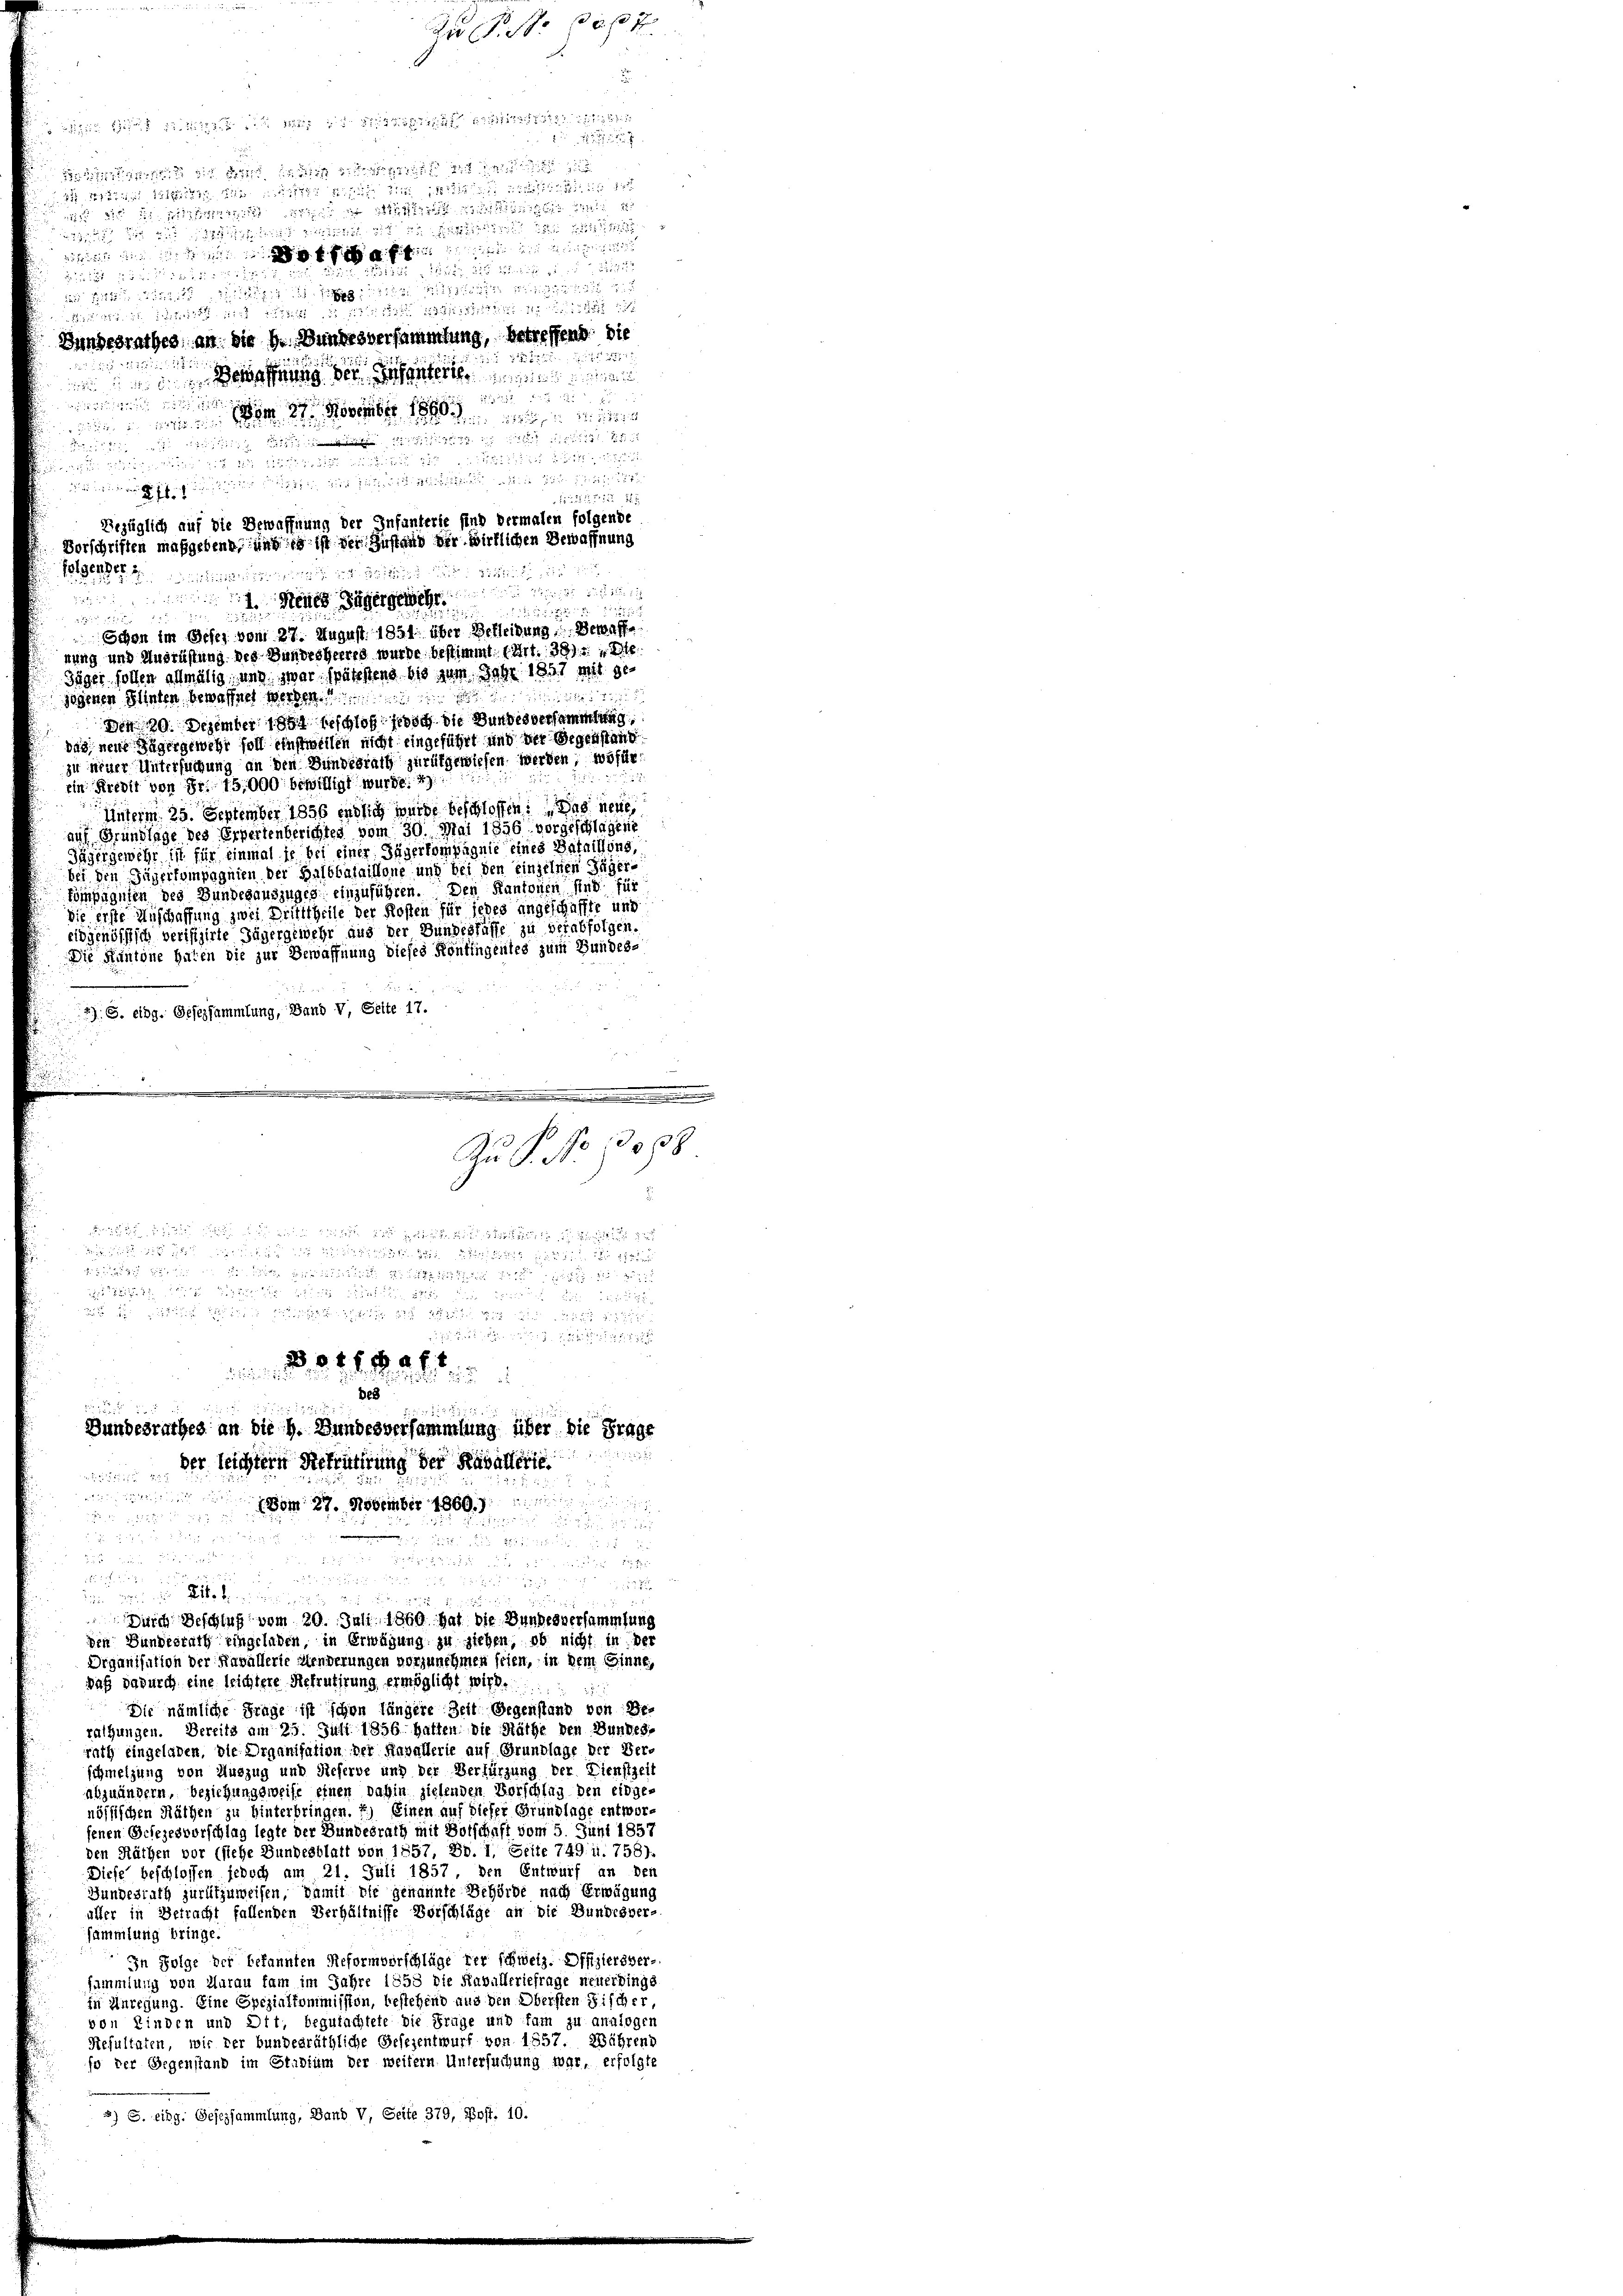
s 214 15 f 24 25/11 1881

d
 112 und lässt die es uns in
wie die ist die 2
23 zu die Be
ifen in ein in ein ein einem
1227, 21 Stube

a tot einigung a
u den ich mich mit in der die
Bundesrathes, an die h. Bundesversammlung, betreffend die

fnung der Gener
x
m 27. November 1890
dn die die der sich die
u und   ein und nicht de
 522
ri
Schon im Befes vom 27. August 1851 über Belleibung, Bewaffnung und Ausrüstung des Bundesherres wurde bestimmt. (Art. 381 f. 210
Jäger sollen allmälig, und zwar spätestens bis zum Jahr 1891 mit de
zogenen Flinten bewaffnet werden.
Den 29. Dezember 1864 beschloß jedoch die Bundesversammlung
das neue Jägergewehr soll einstweilen nicht eingeführt und der Gegenstand
zu neuer Untersuchung an den Bundesrath zurükgewiesen werden, wofür
Ein Kredit von Fr. 15,000 bewilligt wurde. 2)
Unterm 25. September 1856 endlich wurde beschlossen: Das neue
auf Grundlage des Erpertenberichtes vom 30. Mai 1846 vorgeschlagene
Jägergewehr ist für einmal je bei einer Jägerkompagnie eines Bataillons,
bei den Jägerkompagnien der Halbbataillone und bei den einzelnen Jäger-
kompagnien des Bundesauszuges einzuführen. Den Kantonen sind für
die erste Anschaffung zwei Dritttheile der Kosten für jedes angeschaffte und
eidgenössisch verifizirte Jägergewehr aus der Bundesfüsse zu verabfolgen.
Die Kantone haten die zur Bewaffnung dieses Konfingentes zum Bundes-
2) S. eidg. Gesezsammlung, Band V, Seite 17.
..............................
Aus. No 13088
.

204 f 2 x 2

Des

Bundesrathes an die h. Bundesversammlung über die Frage
der leichtern Rekruterung der Kavaller

d
Membr 1889 die

2

   und

u

d

Durch Beschluß vom 20. Juli 1860 hat die Bundesversammlung
den Bundesrath eingeladen, in Erwägung zu siehen, ob nicht in der
Organisation der Kavallerie Menderungen vorzunehmen seien, in dem Sinne,
daß dadurch eine leichtere Rekrutirung ermöglicht wird.
Die nämliche Frage ist schon längere Zeit Gegenstand von Be-
rathungen. Dereits am 25. Juli 1856 hatten die Räthe den Bundes.
rath eingeladen, die Organisation der Kavallerie auf Grundlage der Ver-
schmelzung von Auszug und Referbe und der Verfürzung der Dienstzeit
abzuändern, beziehungsweise einen dahin zielenden Vorschlag den eidge-
nössischen Räthen zu hinterbringen. J.) Einen auf dieser Grundlage entworsenen Gesezesvorschlag legte der Bundesrath mit Botschaft vom 5. Juni 1857
den Räthen vor (siehe Bundesblatt von 1557, Bd. 1, Seite 749 u. 758).
Diese beschlossen jedoch am 21. Juli 1857, den Entwurf an den
Gundesrath jurifzuweisen, damit die genannte Behörde nach Erwägung
aller in Betracht fallenden Verhältnisse Vorschläge an die Bundesver-
sammlung bringe.
In Folge der bekannten Reformvorschläge der schweiz. Offiziersver-
sammlung von Murau sam im Jahre 1858 die Kavalleriefrage neuerdings
in Anregung. Eine Spezialkommission, bestehend aus den Obersten Fischer
von Kinden und Ott, begutachtete die Frage und fam zu analogen
Resultaten, wir der bundesräthliche Gesezentwurf von 1857. Währens
so der Gegenstand im Stadtum der weitern Untersuchung war, erfolgte
3) S. eing. Gesezsammlung, Band V, Seite 379, Post. 10.

dicinister in ein wir inter in Ministen in den Minister
Bezüglich auf die Bewaffnung der Infanterie sind vermalen folgende
Vorschriften maßgebend, und es ist der Instand der wirklichen Bewaffnung
fegerinne er den und die mit in
Heer sehen

u. 2 f 2

u

1231, 122 8
1255
d 27 x